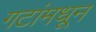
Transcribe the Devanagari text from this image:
गटांमधून